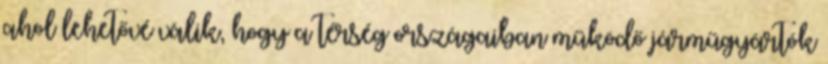
ahol lehetővé válik, hogy a térség országaiban működő járműgyártók